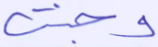
وجنت